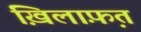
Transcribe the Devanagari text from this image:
ख़िलाफ़़त